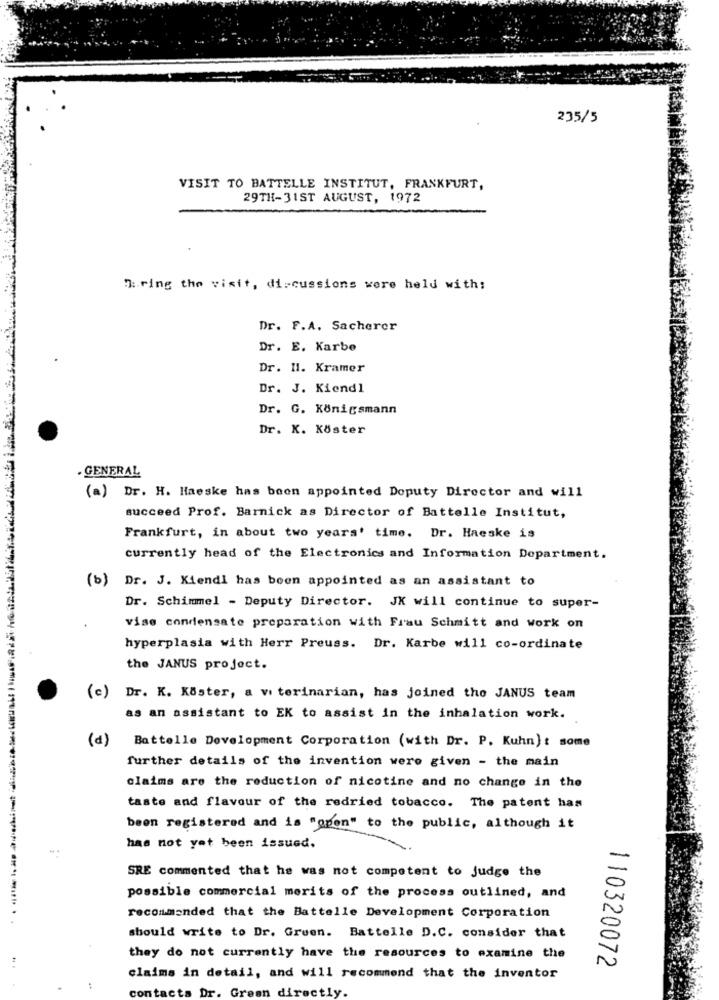
235/5
VISIT TO BATTELLE INSTITUT, FRANKFURT,
29TH-31ST AUGUST, 1972
7: ring the visit, discussions were held with;
Dr. F.A. Sacherer
Dr. E. Karbe
Dr. H. Kramer
Dr. J. Kiendl
Dr. G. Königsmann
Dr. K. Köster
. GENERAL
(a) Dr. H. Haeske has been appointed Deputy Director and will
succeed Prof. Barnick as Director of Battelle Institut,
Frankfurt, in about two years' time. Dr. Haeske is
currently head of the Electronics and Information Department.
(b) Dr. J. Kiendi has been appointed as an assistant to
Dr. Schimmel - Deputy Director. JK will continue to super-
vise condensate preparation with Frau Schmitt and work on
hyperplasia with Herr Preuss. Dr. Karbe will co-ordinate
the JANUS project.
(c)
Dr. K. Köster, a vi terinarian, has joined the JANUS team
as an assistant to EK to assist in the inhalation work.
(d)
Battelle Development Corporation (with Dr. P. Kuhn) t some
further details of the invention were given - the main
claims are the reduction of nicotine and no change in the
taste and flavour of the redried tobacco. The patent has
been registered and is "open" to the public, although it
has not yet been issued.
SRE commented that he was not competent to judge the
possible commercial merits of the process outlined, and
recommended that the Battelle Development Corporation
should write to Dr. Gruen. Battelle D.C. consider that
they do not currently have the resources to examine the
110320072
claims in detail, and will recommend that the inventor
contacts Dr. Grean directly.